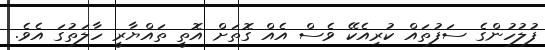
ފުލުހުންގެ ސަފުތައް ކުރިއެކޭ ވެސް އެއް ގޮތަށް އޮތީ ތައްޔާރީ ހާލަތުގަ އެވެ.